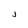
Character: J